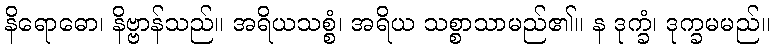
နိရောဓော၊ နိဗ္ဗာန်သည်။ အရိယသစ္စံ၊ အရိယ သစ္စာသာမည်၏။ န ဒုက္ခံ၊ ဒုက္ခမမည်။